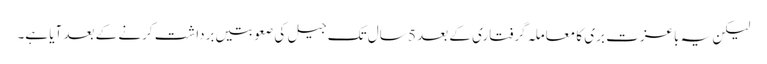
لیکن یہ باعزت بری کا معاملہ گرفتاری کے بعد 5 سال تک جیل کی صعوبتیں برداشت کرنے کے بعد آیا ہے۔